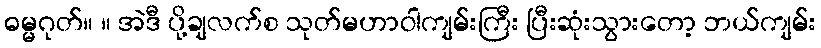
ဓမ္မဂုတ်။ ။ အဲဒီ ပို့ချလက်စ သုတ်မဟာဝါကျမ်းကြီး ပြီးဆုံးသွားတော့ ဘယ်ကျမ်း